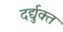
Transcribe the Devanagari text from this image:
दर्द्युक्त